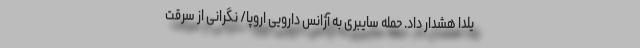
یلدا هشدار داد. حمله سایبری به آژانس دارویی اروپا/ نگرانی از سرقت